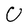
Character: U